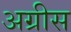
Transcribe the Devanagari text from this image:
अग्रीस